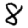
Digit: 8